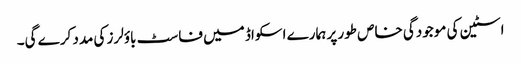
اسٹین کی موجودگی خاص طور پر ہمارے اسکواڈ میں فاسٹ باؤلرز کی مدد کرے گی۔